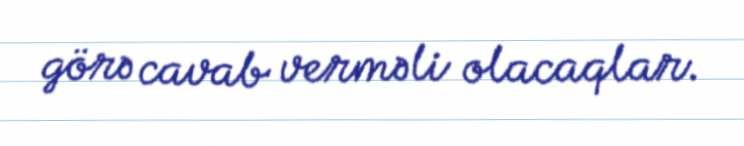
görə cavab verməli olacaqlar.